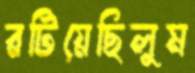
রটিয়েছিলুম